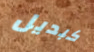
كبديل